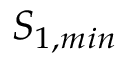
S _ { 1 , m i n }